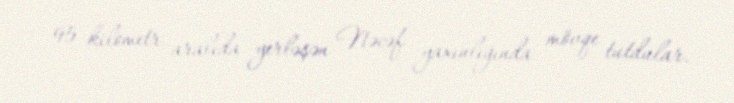
95 kilometr aralıda yerləşən Nəcəf yaxınlığında mövqe tutdular.